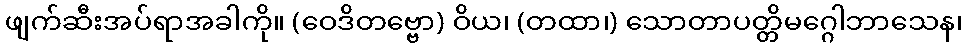
ဖျက်ဆီးအပ်ရာအခါကို။ (ဝေဒိတဗ္ဗော) ဝိယ၊ (တထာ၊) သောတာပတ္တိမဂ္ဂေါဘာသေန၊